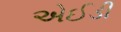
એઈડી